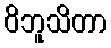
ဝိဘူသိတာ